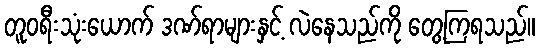
တူဝရီးသုံးယောက် ဒဏ်ရာများနှင့် လဲနေသည်ကို တွေ့ကြရသည်။